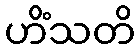
ဟိံသတိ